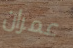
عمران